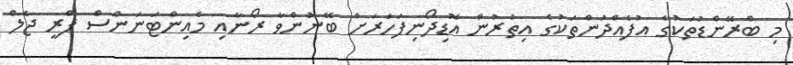
މި ބްރޭންޑުތަކުގެ އުފެއްދުންތަކުގެ އިތުރުން އޮޑިދޯނިފަހަރަށް ބޭނުންވާ ރޯނާއި މެއިންޓަނަންސް ފްރީ ޖެލް